Vaccination in the Punjab 1919-1929 - 1919-1929
Year: 1919
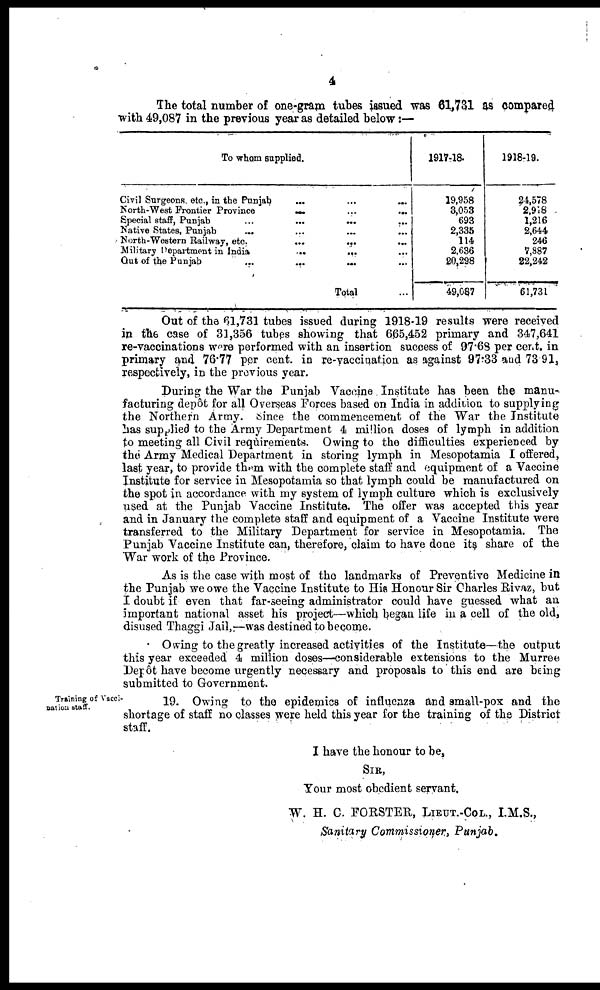
4
The total number of one-gram tubes issued was 61,731 as compared
with 49,087 in the previous year as detailed below:—
To whom supplied.
Civil Surgeons, etc., in the Punjab
...
...
...
North-West Frontier Province ... ... ...
Special staff, Punjab
...
...
...
...
Native States, Punjab ... ... ... ...
North-Western Railway, etc.
...
...
...
...
Military Department in India
...
...
...
...
Out of the Punjab ... ... ... ...
Total ...
1917-18.
19,958
3,053
693
2,335
114
2,636
20,298
49,097
1918-19.
24,578
2,918
1,216
2,644
246
7,887
22,242
61,731
Out of the 61,731 tubes issued during 1918-19 results were received
in th6 case of 31,356 tubes showing that 665,452 primary and 347,641
re-vaccinations were performed with an insertion success of 97.68 per cent. in
primary and 76.77 per cent. in re-vaccination as against 97.33 and 73.91,
respectively, in the previous year.
During the War the Punjab Vaccine Institute has been the manu-
facturing depôt for all Overseas Forces based on India in addition to supplying
the Northern Army. Since the commencement of the War the Institute
has supplied to the Army Department 4 million doses of lymph in addition
to meeting all Civil requirements. Owing to the difficulties experienced by
the Army Medical Department in storing lymph in Mesopotamia I offered,
last year, to provide them with the complete staff and equipment of a Vaccine
Institute for service in Mesopotamia so that lymph could be manufactured on
the spot in accordance with my system of lymph culture which is exclusively
used at the Punjab Vaccine Institute. The offer was accepted this year
and in January the complete staff and equipment of a Vaccine Institute were
transferred to the Military Department for service in Mesopotamia. The
Punjab Vaccine Institute can, therefore, claim to have done its share of the
War work of the Province.
As is the case with most of the landmarks of Preventive Medicine in
the Punjab we owe the Vaccine Institute to His Honour Sir Charles Rivaz, but
I doubt if even that far-seeing administrator could have guessed what an
important national asset his project—which began life in a cell of the old,
disused Thaggi Jail,—was destined to become.
Owing to the greatly increased activities of the Institute—the output
this year exceeded 4 million doses—considerable extensions to the Murree
Depôt have become urgently necessary and proposals to this end are being
submitted to Government.
Training of Vacci-
nation staff.
19. Owing to the epidemics of influenza and small-pox and the
shortage of staff no classes were held this year for the training of the District
staff.
I have the honour to be,
SIR,
Your most obedient servant,
W. H. C. FORSTER, LIEUT.-COL., I.M.S.,
Sanitary Commissioner, Punjab.